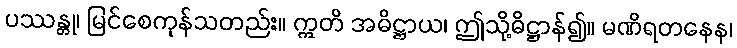
ပဿန္တု၊ မြင်စေကုန်သတည်း။ ဣတိ အဓိဋ္ဌာယ၊ ဤသို့ဓိဋ္ဌာန်၍။ မဏိရတနေန၊